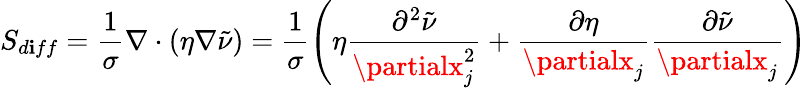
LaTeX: S_{d\mathbf{i}ff}=\frac{{1}}{{\sigma}}\nabla\cdot(\eta\nabla\tilde{{\nu}})=\frac{{1}}{{\sigma}}\left(\eta\frac{{\partial^{2}\tilde{{\nu}}}}{{\partialx_{j}^{2}}}+\frac{{\partial\eta}}{{\partialx_{j}}}\frac{{\partial\tilde{{\nu}}}}{{\partialx_{j}}}\right)